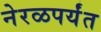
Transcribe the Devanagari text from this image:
नेरळपर्यंत